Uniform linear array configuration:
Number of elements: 4
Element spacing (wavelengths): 0.5
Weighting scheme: hamming
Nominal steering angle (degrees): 15
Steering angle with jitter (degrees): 13.428
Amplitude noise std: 0.05
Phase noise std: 0.05

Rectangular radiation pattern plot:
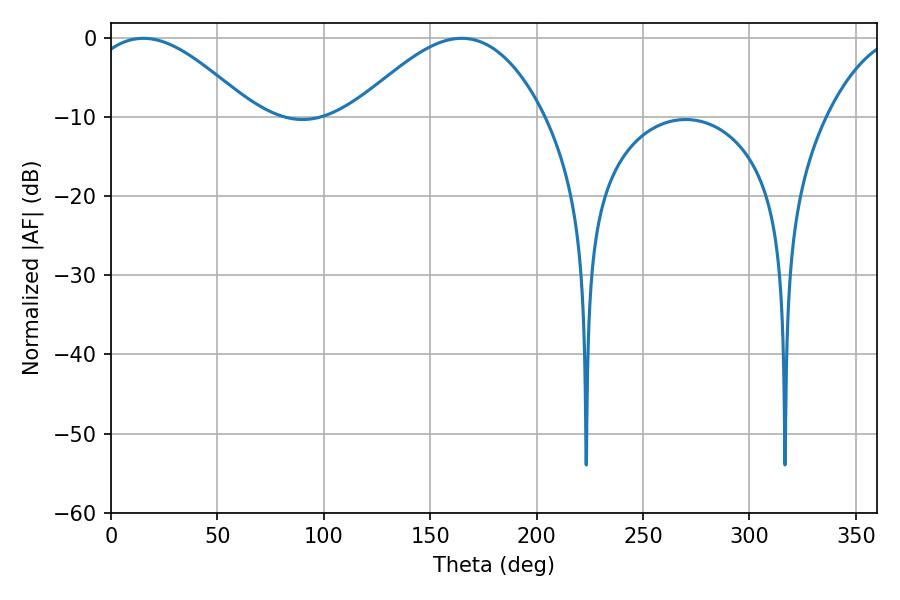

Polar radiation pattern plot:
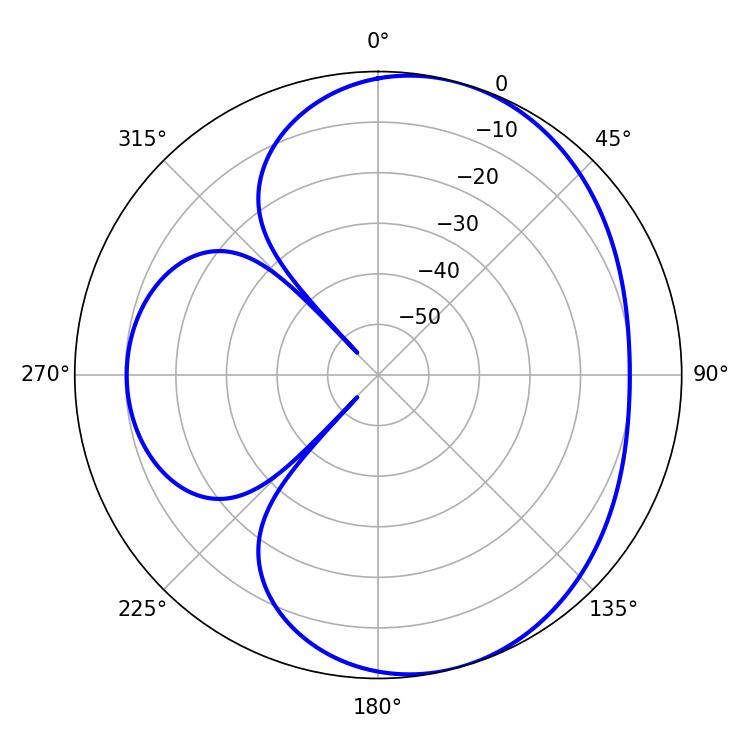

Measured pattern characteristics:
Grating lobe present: FALSE
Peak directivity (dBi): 5.561
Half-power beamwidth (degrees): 41.58
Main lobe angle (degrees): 15.12